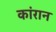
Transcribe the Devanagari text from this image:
कांरान